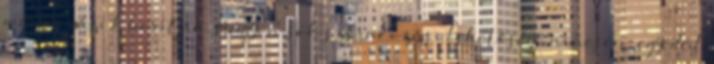
mérges gázok borítják. Nagyon sok szórakozási lehetősége nincsen, egyedül